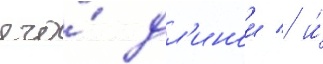
его́ дл'инои / и́